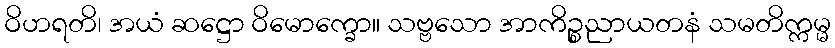
ဝိဟရတိ၊ အယံ ဆဋ္ဌော ဝိမောက္ခော။ သဗ္ဗသော အာကိဉ္စညာယတနံ သမတိက္ကမ္မ